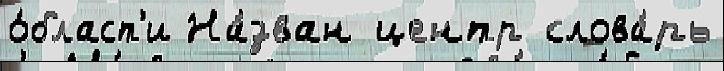
о́бласт'и На́зван центр слова́рь